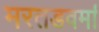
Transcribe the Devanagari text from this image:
मरतडवर्मा